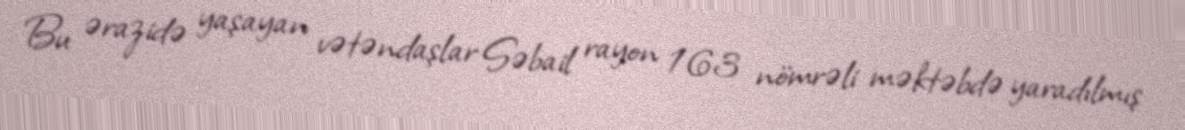
Bu ərazidə yaşayan vətəndaşlar Səbail rayon 163 nömrəli məktəbdə yaradılmış